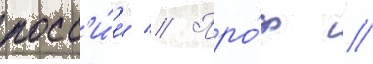
росс'и́и // Про́ф //